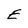
Character: E